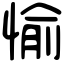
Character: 愉